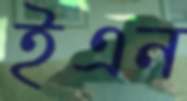
ইএন